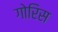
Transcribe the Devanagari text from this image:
गोरिस